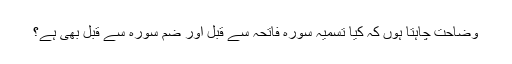
وضاحت چاہتا ہوں کہ کیا تسمیہ سورہ فاتحہ سے قبل اور ضم سورہ سے قبل بھی ہے؟